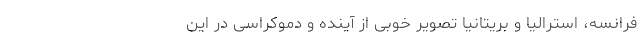
فرانسه، استرالیا و بریتانیا تصویر خوبی از آینده و دموکراسی در این